system: You are a helpful assistant.
user:
Analyze the provided spectrum to determine if it is a **Carbon Star (C-type)**.

- **Key Visual Indicators of Carbon Star:**
    - **(Primary):** Strong molecular absorption from **C₂ (diatomic carbon) "Swan Bands."** This is the **defining feature** of a carbon star.
        - **(Key Bandheads):** Sharp absorption edges are visible at approximately $5635$ Å, $5165$ Å (the strongest band), and $4737$ Å.
        - **(Line Profile):** Creates a distinct **"saw-tooth"** pattern. The key morphology is a sharp, steep bandhead on the **red (long-wavelength) side**, which then gradually tapers off (i.e., flux recovers) towards the **blue (short-wavelength) side**. *(This is the direct opposite of the TiO bands seen in M-type stars)*.

    - **(Secondary):** Intense **CN (cyanogen)** molecular absorption bands.
        - **(Key Bandheads):** Located in the blue and violet regions of the spectrum (e.g., near $4215$ Å and $3883$ Å).
        - **(Morphology):** These bands are extremely broad and act as a "blanket," absorbing the vast majority of blue and violet light. This creates a characteristic **"cliff"** or **"steep drop-off"** in the spectrum's flux at short wavelengths.

    - **(Key Confirmation):** Strong **CH absorption band (G-band)**.
        - **(Key Bandhead):** Located around $4300$ Å. The contribution from CH molecules to this band is exceptionally strong.

    - **(Overall Spectrum):**
        - The continuum is severely "chopped up" by these deep molecular bands, especially C₂, rather than appearing as a smooth curve.
        - Due to the heavy CN and C₂ absorption in the blue-green, the vast majority of the star's flux is concentrated in the red part of the spectrum, giving the star its characteristic deep red color.

Think first, call **spectral_visualization_tool** if needed to examine features in detail, then provide your final answer. Your response must adhere to the following strict rules:
1.  **Overall Structure:** Your response must follow the format `<think>...</think> <tool_call>...</tool_call> (if a tool is used) <answer>...</answer>`.
2.  **Tool Usage Constraint:** You may only make **one** tool call per turn.
3.  **Final Answer Format:** In the `<answer>` tag, your conclusion must be inside a `\boxed{}` command (e.g., `\boxed{YES}`), followed by your justification.

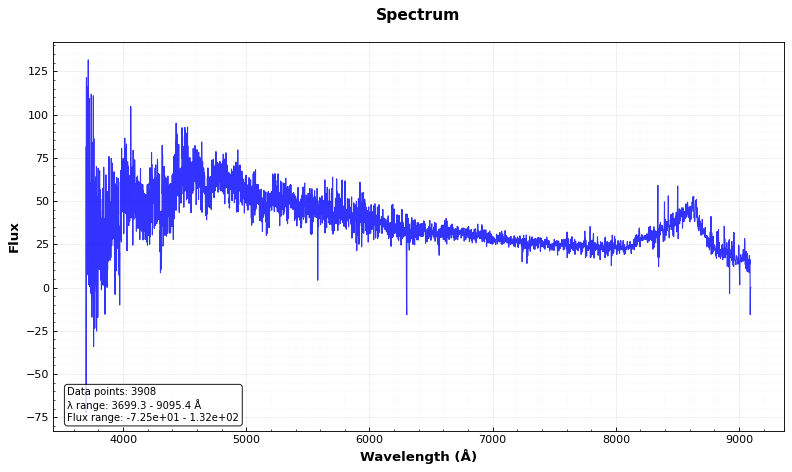
Answer: NO